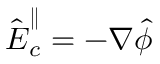
\hat { \boldsymbol E } _ { c } ^ { \parallel } = - \boldsymbol \nabla \hat { \phi }